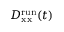
D _ { \mathrm { x x } } ^ { \mathrm { r u n } } ( t )